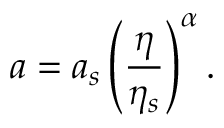
a = a _ { s } \left( \frac \eta { \eta _ { s } } \right) ^ { \alpha } .